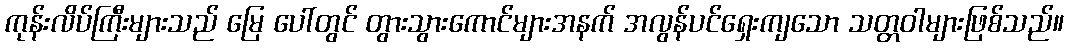
ကုန်းလိပ်ကြီးများသည် မြေ ပေါ်တွင် တွားသွားကောင်များအနက် အလွန်ပင်ရှေးကျသော သတ္တဝါများဖြစ်သည်။